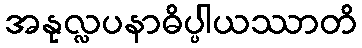
အနုလ္လပနာဓိပ္ပါယဿာတိ